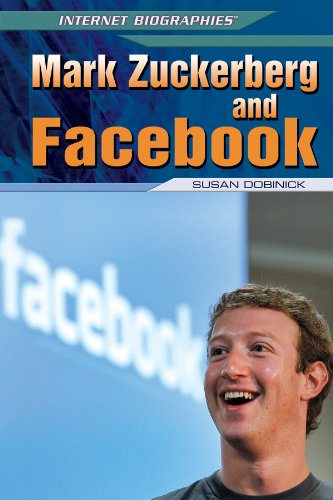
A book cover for Mark Zuckerberg and Facebook (Internet Biographies (Rosen)); Susan Dobinick; Teen & Young Adult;